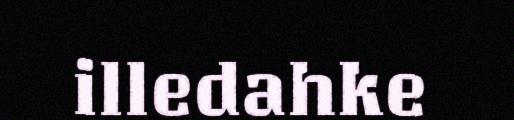
illedahke